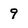
Character: 9